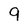
Character: 9